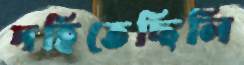
দহিতেছিলি